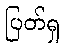
ပြတ်ရှ